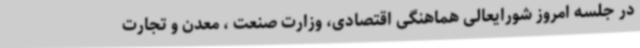
در جلسه امروز شورایعالی هماهنگی اقتصادی، وزارت صنعت ، معدن و تجارت